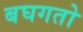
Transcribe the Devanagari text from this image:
बघगतो